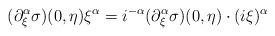
LaTeX: \begin{align*} {(\partial^{\alpha}_\xi \sigma) (0,\eta)} \xi^{\alpha} = i^{-\alpha} {(\partial^{\alpha}_\xi \sigma )(0,\eta)} \cdot (i\xi)^{\alpha} \end{align*}